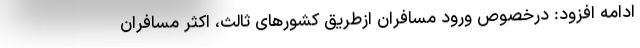
ادامه افزود: درخصوص ورود مسافران ازطریق کشورهای ثالث، اکثر مسافران